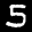
Label: 5